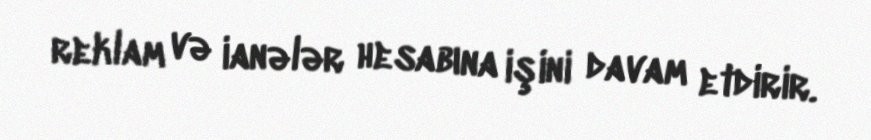
reklam və ianələr hesabına işini davam etdirir.